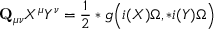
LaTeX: { \bf Q } _ { \mu \nu } X ^ { \mu } Y ^ { \nu } = \frac 1 2 * g \Bigl ( i ( X ) \Omega , * i ( Y ) \Omega \Bigr )